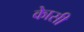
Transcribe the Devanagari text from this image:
काेसी